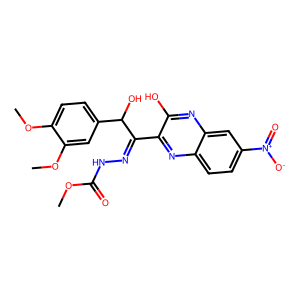
SMILES: COC(=O)NN=C(c1nc2ccc([N+](=O)[O-])cc2nc1O)C(O)c1ccc(OC)c(OC)c1
Inhibits HIV replication: No